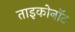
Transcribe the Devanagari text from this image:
ताइकोनॉट